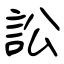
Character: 訟